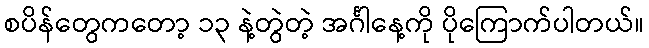
စပိန်တွေကတော့ ၁၃ နဲ့တွဲတဲ့ အင်္ဂါနေ့ကို ပိုကြောက်ပါတယ်။